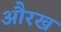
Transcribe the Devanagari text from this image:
औरख